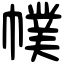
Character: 幞